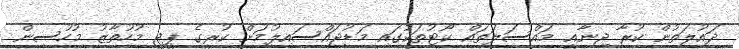
ދައުލަތުން ކުރާ ޖިނާއީ މައްސަލަތައް ކޯޓުތަކުގައި މަޑުޖައްސައިލުމަށް ކުރީގެ ޕީޖީ މުހުތާޒު މުހުސިން